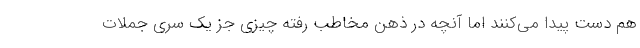
هم دست پیدا می‌کنند اما آنچه در ذهن مخاطب رفته چیزی جز یک سری جملات